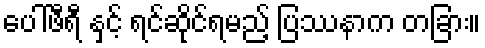
ပေါ်ဖီရီ နှင့် ရင်ဆိုင်ရမည့် ပြဿနာက တခြား။